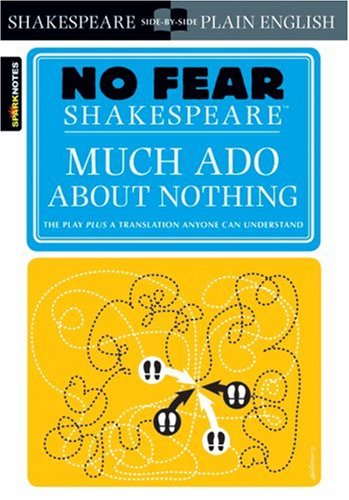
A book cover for Much Ado About Nothing (No Fear Shakespeare); SparkNotes; Literature & Fiction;